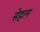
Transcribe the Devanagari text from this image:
सेहान